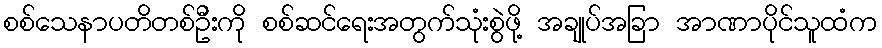
စစ်သေနာပတိတစ်ဦးကို စစ်ဆင်ရေးအတွက်သုံးစွဲဖို့ အချုပ်အခြာ အာဏာပိုင်သူထံက